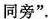
同旁”。